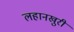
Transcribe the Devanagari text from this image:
लहानखुरी